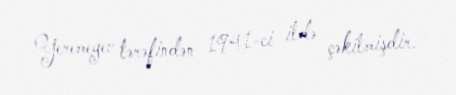
Yeremeyev tərəfindən 1941-ci ildə çəkilmişdir.